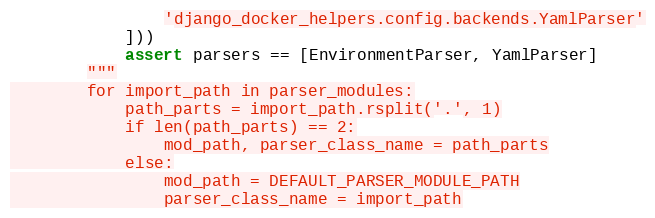
Language: Python
                'django_docker_helpers.config.backends.YamlParser'
            ]))
            assert parsers == [EnvironmentParser, YamlParser]
        """
        for import_path in parser_modules:
            path_parts = import_path.rsplit('.', 1)
            if len(path_parts) == 2:
                mod_path, parser_class_name = path_parts
            else:
                mod_path = DEFAULT_PARSER_MODULE_PATH
                parser_class_name = import_path